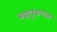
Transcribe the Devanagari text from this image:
ब्रह्मपुराणत